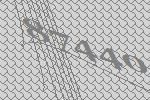
87440